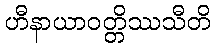
ဟီနာယာဝတ္တိဿသီတိ